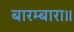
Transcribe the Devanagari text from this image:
बारम्बारा॥